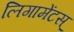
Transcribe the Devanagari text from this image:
लिगामेंटस्